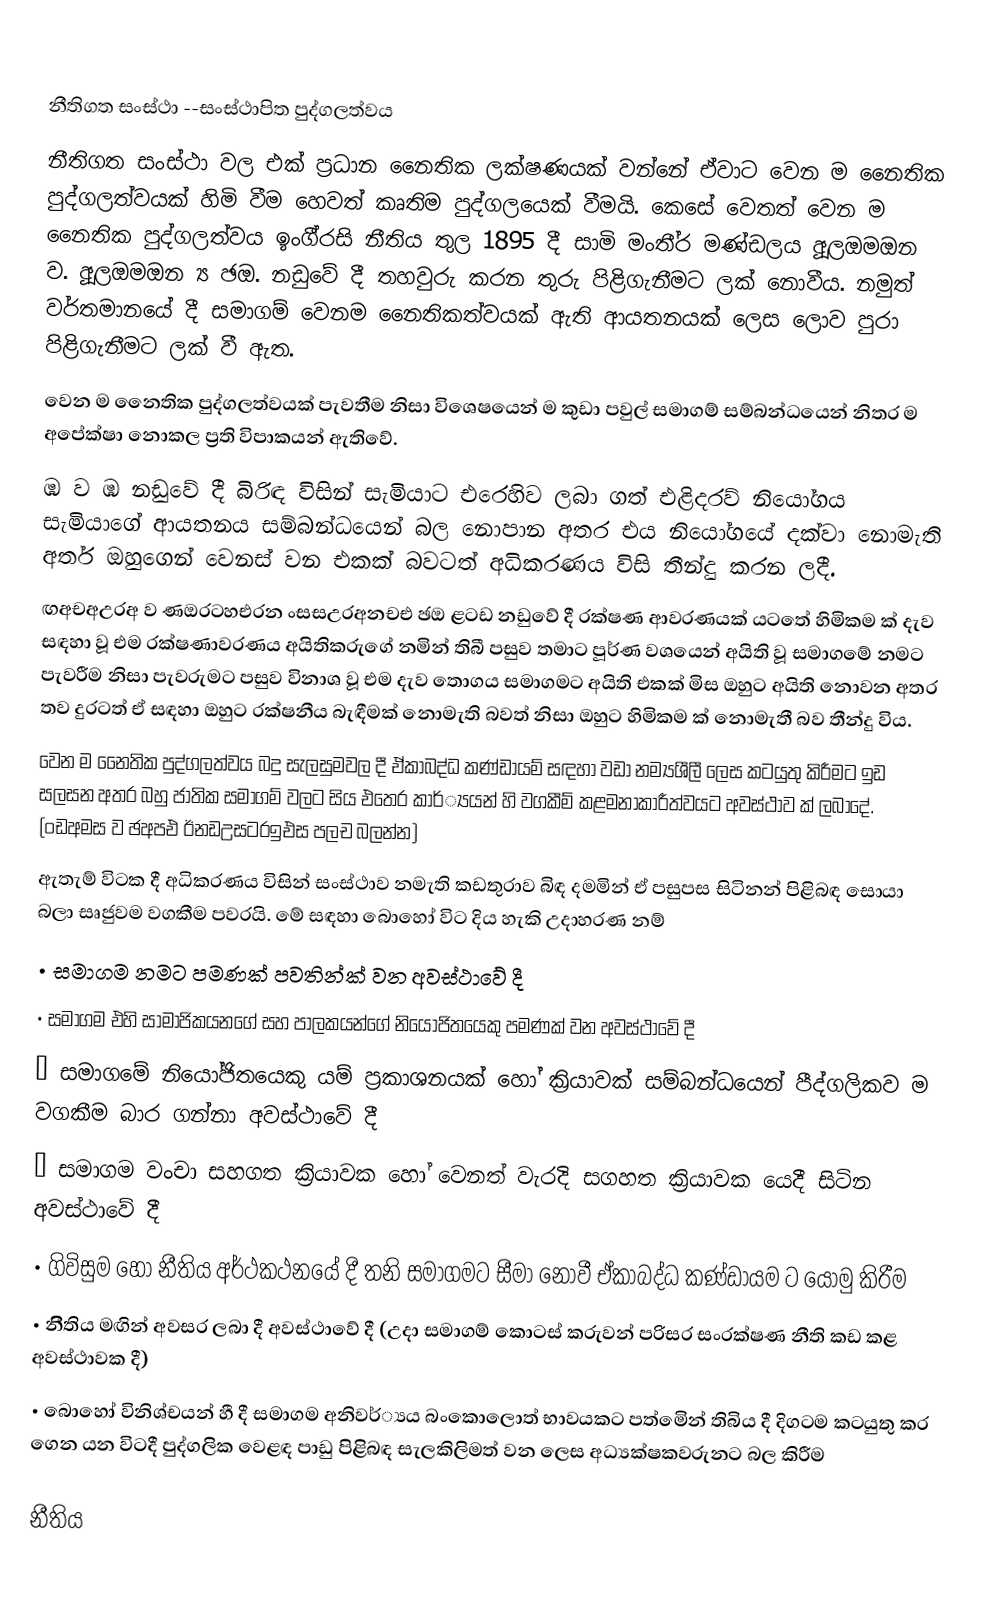

නීතිගත සංස්ථා --සංස්ථාපිත පුද්ගලත්වය
නීතිගත සංස්ථා වල එක් ප්‍රධාන නෛතික ලක්ෂණයක් වන්නේ ඒවාට වෙන ම නෛතික පුද්ගලත්වයක් හිමි වීම හෙවත් කෘතිම පුද්ගලයෙක් වීමයි. කෙසේ වෙතත් වෙන ම නෛතික පුද්ගලත්වය ඉංගී්‍රසි නීතිය තුල 1895 දී සාමි මංතී්‍ර මණ්ඩලය ූඅලඔමඔන ව. ූඅලඔමඔන ්‍ය ඡඔ. නඩුවේ දී තහවුරු කරන තුරු පිළිගැනීමට ලක් නොවීය. නමුත් වර්තමානයේ දී සමාගම් වෙනම නෛතිකත්වයක් ඇති ආයතනයක් ලෙස ලොව පුරා පිළිගැනීමට ලක් වී ඇත.
වෙන ම නෛතික පුද්ගලත්වයක් පැවතීම නිසා විශෙෂයෙන් ම කුඩා පවුල් සමාගම් සම්බන්ධයෙන් නිතර ම අපේක්ෂා නොකල ප්‍රති විපාකයන් ඇතිවේ.
ඹ ව ඹ නඩුවේ දී බිරිඳ විසින් සැමියාට එරෙහිව ලබා ගත් එළිදරව් නියෝගය සැමියාගේ ආයතනය සම්බන්ධයෙන් බල නොපාන අතර එය නියෝගයේ දක්වා නොමැති අතර් ඔහුගෙන් වෙනස් වන එකක් බවටත් අධිකරණය විසි තීන්දු කරන ලදී.
ඟඅචඅඋරඅ ව ණඔරටහඑරන ංසසඋරඅනචඑ ඡඔ ළටඩ  නඩුවේ දී රක්ෂණ ආවරණයක් යටතේ හිමිකම ක් දැව සඳහා වූ එම රක්ෂණාවරණය අයිතිකරුගේ නමින් තිබී පසුව තමාට පූර්ණ වශයෙන් අයිති වූ සමාගමේ නමට පැවරීම නිසා පැවරුමට පසුව විනාශ වූ එම දැව තොගය සමාගමට අයිති එකක් මිස ඔහුට අයිති නොවන අතර තව දුරටත් ඒ සඳහා ඔහුට රක්ෂනීය බැඳීමක් නොමැති බවත් නිසා ඔහුට හිමිකම ක් නොමැතී බව තීන්දු විය.
වෙන ම නෛතික පුද්ගලත්වය බදු සැලසුමවල දී ඒකාබද්ධ කණ්ඩායම් සඳහා වඩා නම්‍යශීලී ලෙස කටයුතු කිරීමට ඉඩ සලසන අතර බහු ජාතික සමාගම් වලට සිය එතෙර කාර්්‍යයන් හි වගකීම් කළමනාකාරීත්වයට අවස්ථාව ක් ලබාදේ. (ංඩඅමස ව ඡඅපඑ ඊනඩඋසටරඉඑස පලච බලන්න)
ඇතැම් විටක දී අධිකරණය විසින් සංස්ථාව නමැති කඩතුරාව බිඳ දමමින් ඒ පසුපස සිටිනන් පිළිබඳ සොයා බලා සෘජුවම වගකීම පවරයි. මේ සඳහා බොහෝ විට දිය හැකි උදාහරණ නම්
•	සමාගම නමට පමණක් පවතින්ක් වන අවස්ථාවේ දී
•	සමාගම එහි සාමාජිකයනගේ සහ පාලකයන්ගේ නියෝජිතයෙකු පමණක් වන අවස්ථාවේ දී
•	සමාගමේ නියෝජිතයෙකු යම් ප්‍රකාශනයක් හෝ ක්‍රියාවක් සම්බන්ධයෙන් පීද්ගලිකව ම වගකීම බාර ගන්නා අවස්ථාවේ දී
•	සමාගම වංචා සහගත ක්‍රියාවක හෝ වෙනත් වැරදි සගහත ක්‍රියාවක යෙදී සිටින අවස්ථාවේ දී
•	ගිවිසුම හෝ නීතිය අර්ථකථනයේ දී තනි සමාගමට සීමා නොවී ඒකාබද්ධ කණ්ඩායම ට යොමු කිරීම
•	නීිතිය මඟින් අවසර ලබා දී අවස්ථාවේ දී (උදා සමාගම් කොටස් කරුවන් පරිසර සංරක්ෂණ නීති කඩ කළ අවස්ථාවක දී)
•	බොහෝ විනිශ්චයන් හී දී සමාගම අනිවර්්‍යය බංකොලොත් භාවයකට පත්මෙින් තිබිය දී දිගටම කටයුතු කර ගෙන යන විටදී පුද්ගලික වෙළඳ පාඩු පිළිබඳ සැලකිලිමත් වන ලෙස අධ්‍යක්ෂකවරුනට බල කිරීම

නීතිය